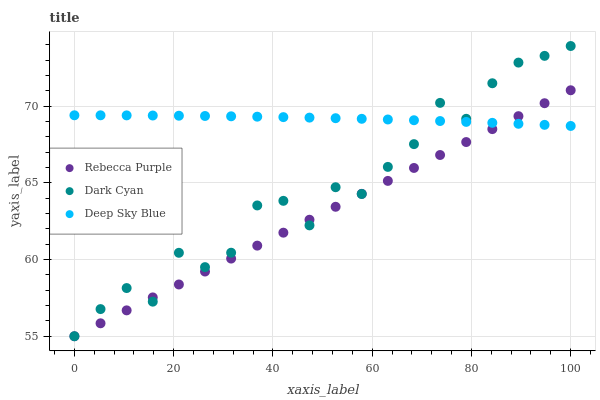
| xaxis_label | Rebecca Purple | Dark Cyan | Deep Sky Blue |
 | --- | --- | --- | --- |
 | 0 | 55 | 55 | 69.4 |
 | 5.26 | 55.8 | 56.8 | 69.4 |
 | 10.5 | 56.7 | 58.1 | 69.4 |
 | 15.8 | 57.5 | 57.3 | 69.4 |
 | 21.1 | 58.4 | 60.4 | 69.4 |
 | 26.3 | 59.2 | 59.5 | 69.4 |
 | 31.6 | 60.1 | 60.4 | 69.3 |
 | 36.8 | 60.9 | 63.5 | 69.3 |
 | 42.1 | 61.8 | 63.8 | 69.3 |
 | 47.4 | 62.6 | 62.2 | 69.2 |
 | 52.6 | 63.4 | 64.7 | 69.2 |
 | 57.9 | 64.3 | 64.3 | 69.2 |
 | 63.2 | 65.1 | 66 | 69.1 |
 | 68.4 | 66 | 67.5 | 69.1 |
 | 73.7 | 66.8 | 70.2 | 69 |
 | 78.9 | 67.7 | 69.2 | 69 |
 | 84.2 | 68.5 | 71.5 | 68.9 |
 | 89.5 | 69.3 | 72.8 | 68.8 |
 | 94.7 | 70.2 | 73.3 | 68.8 |
 | 100 | 71 | 73.9 | 68.7 |